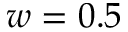
w = 0 . 5